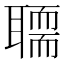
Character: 𰭻